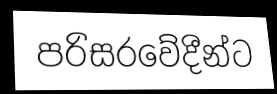
පරිසරවේදීන්ට